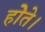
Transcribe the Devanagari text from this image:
होेते।